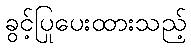
ခွင့်ပြုပေးထားသည့်